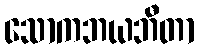
သောကဘယဘီတာ